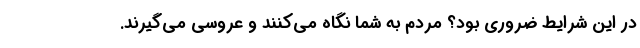
در این شرایط ضروری بود؟ مردم به شما نگاه می‌کنند و عروسی می‌گیرند.